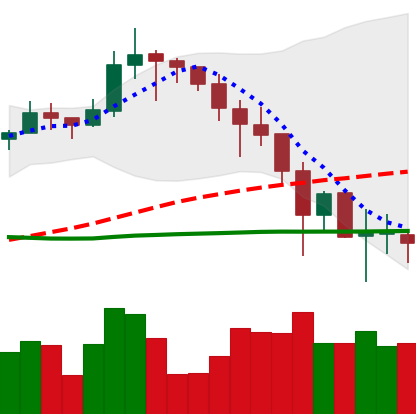
Ticker: LINK-USD
Chart end date: 2019-11-27
Forward return: -6.02%
Label: down_5_7